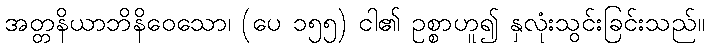
အတ္တနိယာဘိနိဝေသော၊ (ပေ ၁၅၅) ငါ၏ ဥစ္စာဟူ၍ နှလုံးသွင်းခြင်းသည်။